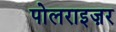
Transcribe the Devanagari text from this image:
पोलराइज़र